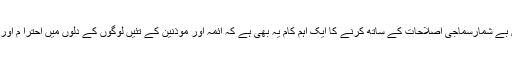
پس اِس وقت مسلمانوں میں بے شمارسماجی اصلاحات کے ساتھ کرنے کا ایک اہم کام یہ بھی ہے کہ ائمہ اور موذنین کے تئیں لوگوں کے دلوں میں احترا م اور وقار کاجذبہ پیدا کیاجائے۔